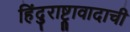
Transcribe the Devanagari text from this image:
हिंदुराष्ट्रावादाची